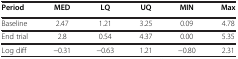
<table><thead><tr><td><b>Period</b></td><td><b>MED</b></td><td><b>LQ</b></td><td><b>UQ</b></td><td><b>MIN</b></td><td><b>Max</b></td></tr></thead><tbody><tr><td>Baseline</td><td>2.47</td><td>1.21</td><td>3.25</td><td>0.09</td><td>4.78</td></tr><tr><td>End trial</td><td>2.8</td><td>0.54</td><td>4.37</td><td>0.00</td><td>5.35</td></tr><tr><td>Log diff</td><td>−0.31</td><td>−0.63</td><td>1.21</td><td>−0.80</td><td>2.31</td></tr></tbody></table>